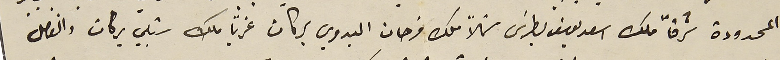
المحدودة شرقاً ملك اسعد يوسف بطرسَ شمالاً ملك فرحات البدوي بركات غرباً ملك شبلي بركات والفاصل